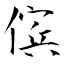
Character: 傧